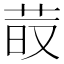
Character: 𦰨